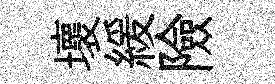
壞緩險